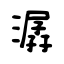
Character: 潺